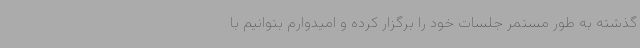
گذشته به طور مستمر جلسات خود را برگزار کرده و امیدوارم بتوانیم با